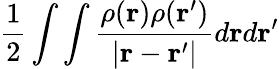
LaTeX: \frac{1}{2}\int\int\frac{\rho(\mathbf{r})\rho(\mathbf{r^{\prime}})}{|\mathbf{r}-\mathbf{r^{\prime}}|}d\mathbf{r}d\mathbf{r^{\prime}}